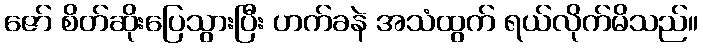
ဇော် စိတ်ဆိုးပြေသွားပြီး ဟက်ခနဲ အသံထွက် ရယ်လိုက်မိသည်။